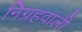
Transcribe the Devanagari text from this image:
निग्रहवाली